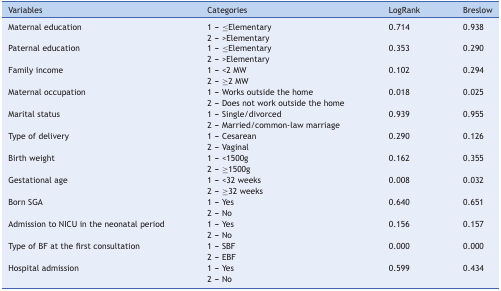
| Variables | Categories | LogRank | Breslow |
 | --- | --- | --- | --- |
 | Maternal education | 1 - ≤Elementary | 0.714 | 0.938 |
 |  | 2 - >Elementary | <COLSPAN=2>  |
 | Paternal education | 1 - ≤Elementary | 0.353 | 0.290 |
 |  | 2 - >Elementary | <COLSPAN=2>  |
 | Family income | 1 - <2 MW | 0.102 | 0.294 |
 |  | 2 - ≥2 MW | <COLSPAN=2>  |
 | Maternal occupation | 1 - Works outside the home | 0.018 | 0.025 |
 |  | 2 - Does not work outside the home | <COLSPAN=2>  |
 | Marital status | 1 - Single/divorced | 0.939 | 0.955 |
 |  | 2 - Married/common-law marriage | <COLSPAN=2>  |
 | Type of delivery | 1 - Cesarean | 0.290 | 0.126 |
 |  | 2 - Vaginal | <COLSPAN=2>  |
 | Birth weight | 1 - <1500g | 0.162 | 0.355 |
 |  | 2 - ≥1500g | <COLSPAN=2>  |
 | Gestational age | 1 - <32 weeks | 0.008 | 0.032 |
 |  | 2 - ≥32 weeks | <COLSPAN=2>  |
 | Born SGA | 1 - Yes | 0.640 | 0.651 |
 |  | 2 - No | <COLSPAN=2>  |
 | Admission to NICU in the neonatal period | 1 - Yes | 0.156 | 0.157 |
 |  | 2 - No | <COLSPAN=2>  |
 | Type of BF at the first consultation | 1 - SBF | 0.000 | 0.000 |
 |  | 2 - EBF | <COLSPAN=2>  |
 | Hospital admission | 1 - Yes | 0.599 | 0.434 |
 |  | 2 - No | <COLSPAN=2>  |